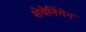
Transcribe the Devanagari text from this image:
शेवेनिंगेन